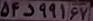
۵۴د۹۹۱۶۷